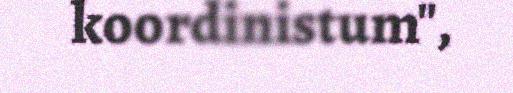
koordinistum",